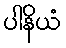
ပါနိယံ